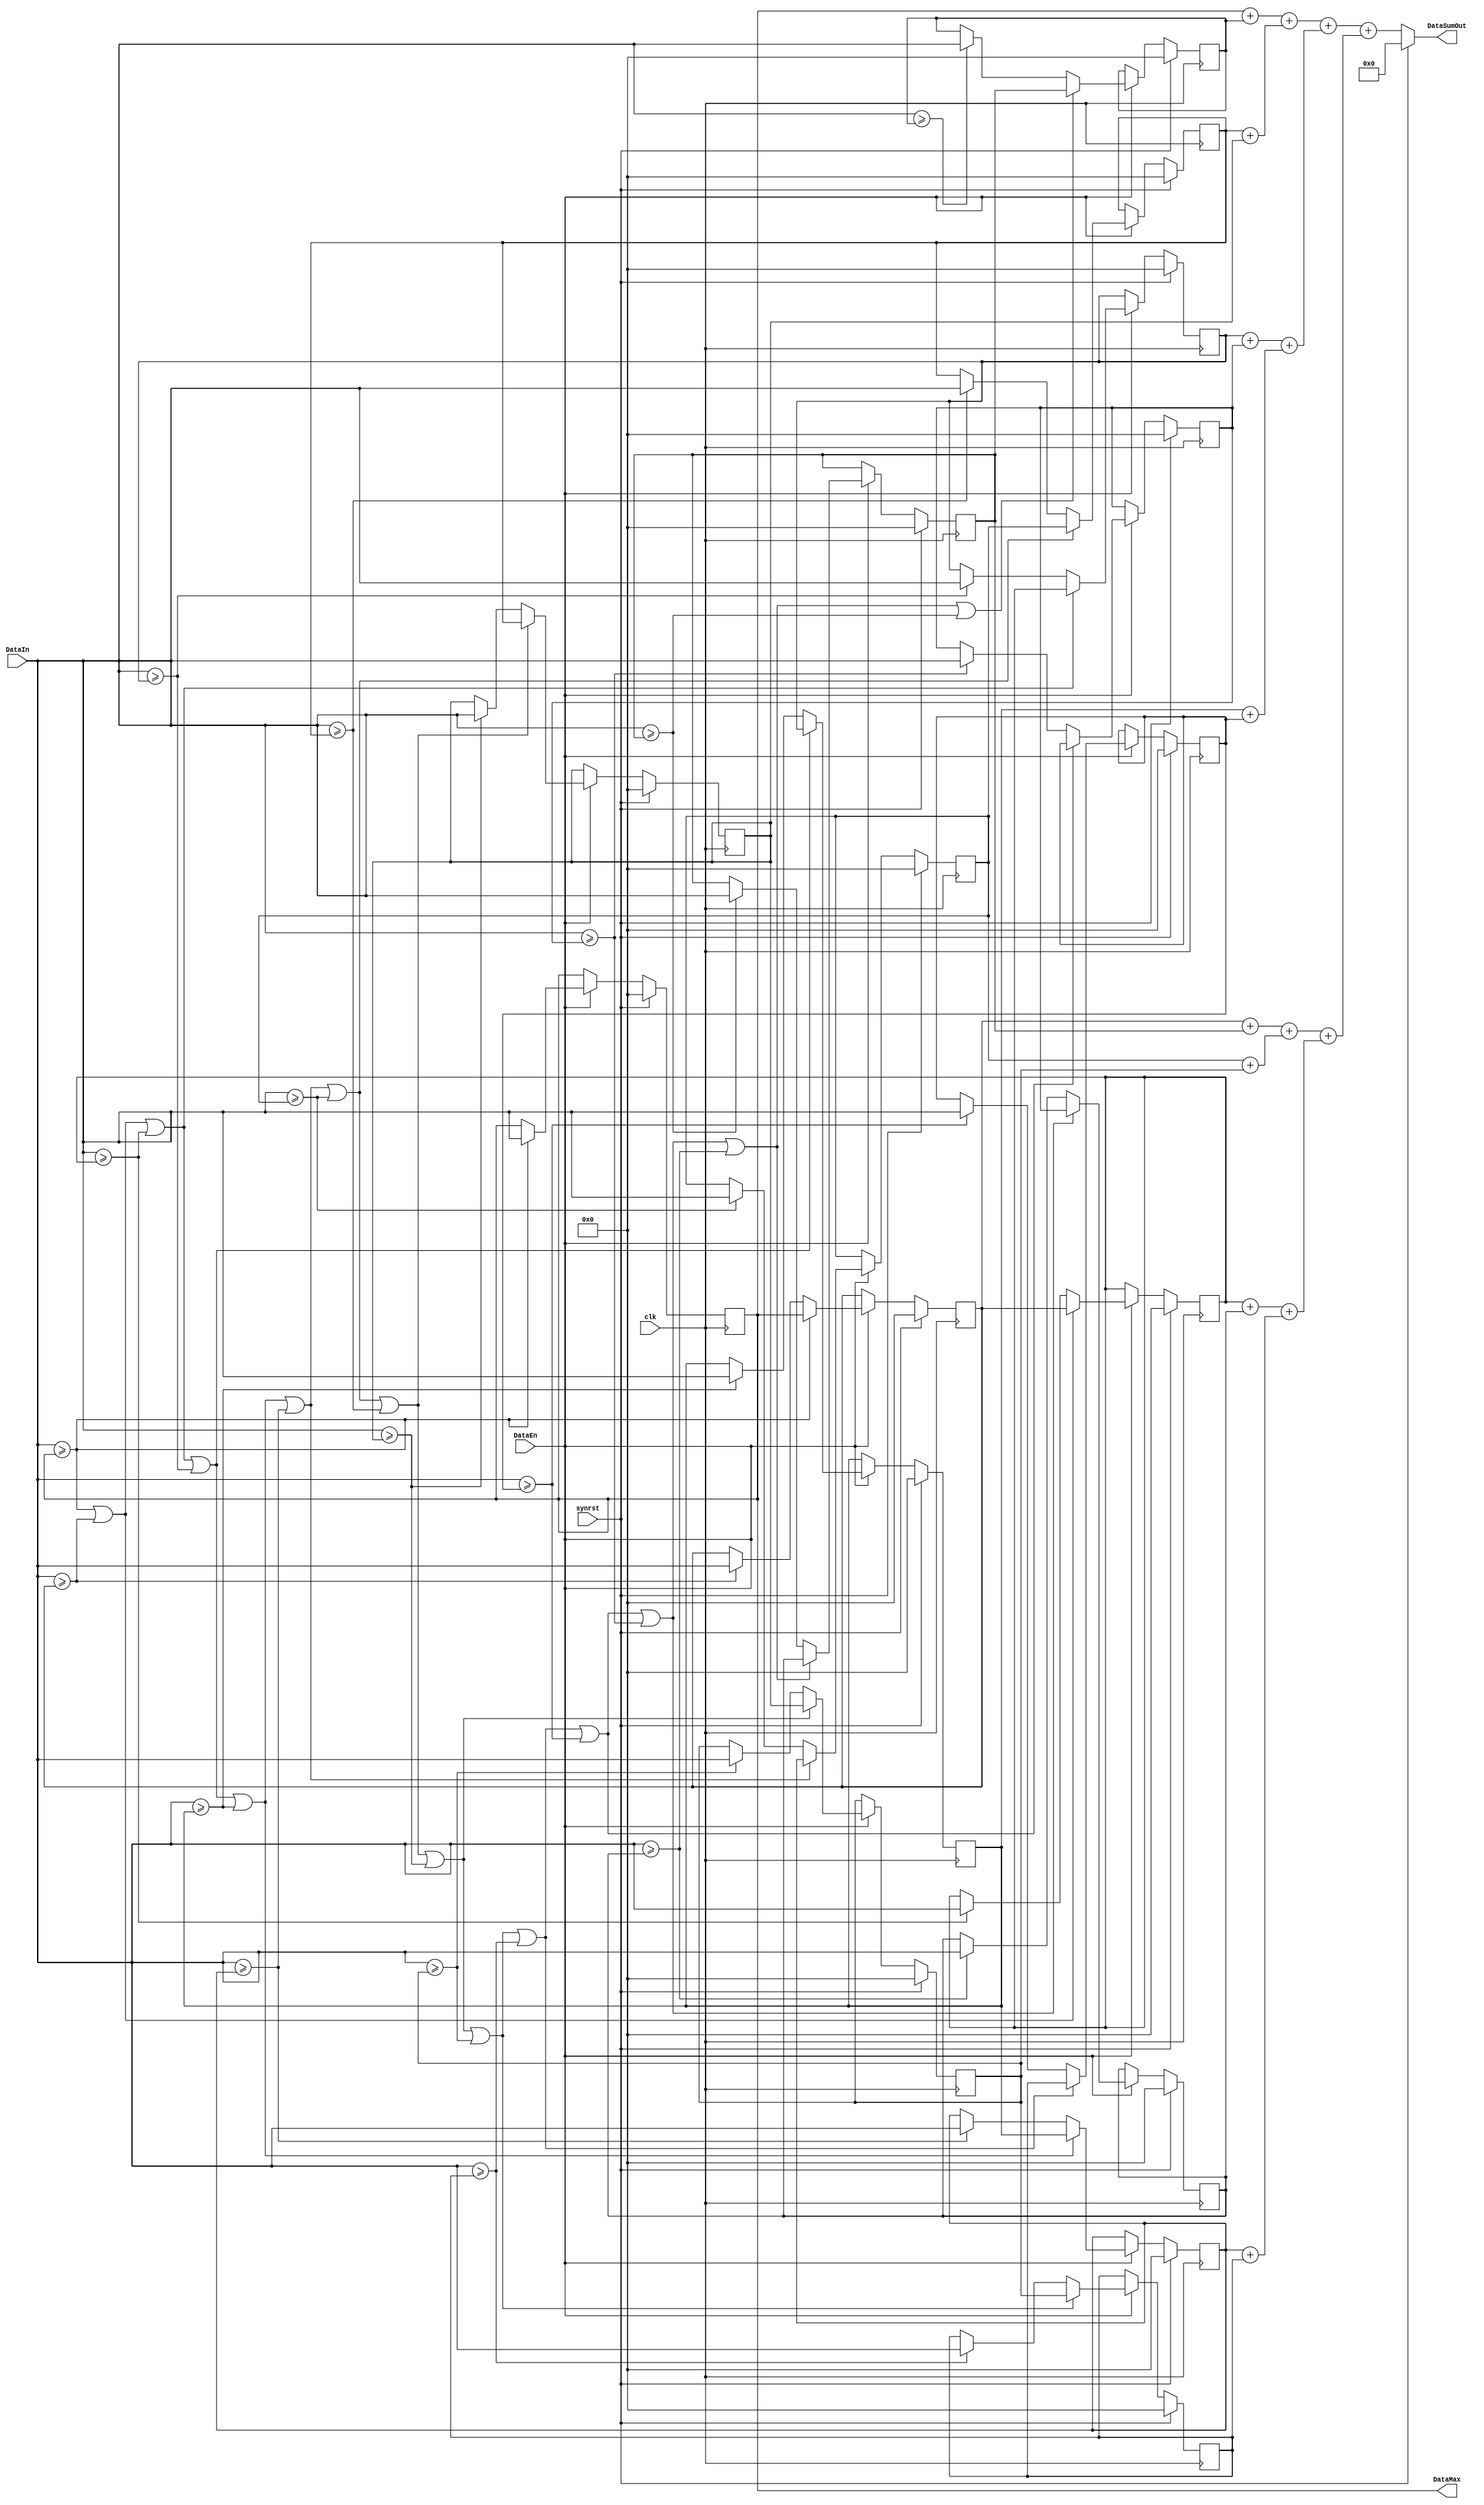
/* -------------
Project: Sort all data with heap method
always keep max 16 values
Author: liqh
Date: 2021-10-29

--------------*/
module sort2in1 
#(parameter W =12 ) 
(
    input clk,
    input synrst,
    input DataEn,
    input [W-1:0]DataIn,
    output     [W-1:0] DataMax,
    output reg [W+4-1:0]DataSumOut
    );

    reg [W-1:0]R00;
    reg [W-1:0]R01;
    reg [W-1:0]R02;
    reg [W-1:0]R03;
    reg [W-1:0]R04;
    reg [W-1:0]R05;
    reg [W-1:0]R06;
    reg [W-1:0]R07;
    reg [W-1:0]R08;
    reg [W-1:0]R09;
    reg [W-1:0]R10;
    reg [W-1:0]R11;
    reg [W-1:0]R12;
    reg [W-1:0]R13;
    reg [W-1:0]R14;
    reg [W-1:0]R15;

    reg [W-1:0]R00_next;
    reg [W-1:0]R01_next;
    reg [W-1:0]R02_next;
    reg [W-1:0]R03_next;
    reg [W-1:0]R04_next;
    reg [W-1:0]R05_next;
    reg [W-1:0]R06_next;
    reg [W-1:0]R07_next;
    reg [W-1:0]R08_next;
    reg [W-1:0]R09_next;
    reg [W-1:0]R10_next;
    reg [W-1:0]R11_next;
    reg [W-1:0]R12_next;
    reg [W-1:0]R13_next;
    reg [W-1:0]R14_next;
    reg [W-1:0]R15_next;

assign DataMax=R15;
always@(posedge clk)
    if(synrst)begin
        R00<=0;
        R01<=0;
        R02<=0;
        R03<=0;
        R04<=0;
        R05<=0;
        R06<=0;
        R07<=0;
        R08<=0;
        R09<=0;
        R10<=0;
        R11<=0;
        R12<=0;
        R13<=0;
        R14<=0;
        R15<=0;
    end
    else if(DataEn)begin
        R00<=R00_next;
        R01<=R01_next;
        R02<=R02_next;
        R03<=R03_next;
        R04<=R04_next;
        R05<=R05_next;
        R06<=R06_next;
        R07<=R07_next;
        R08<=R08_next;
        R09<=R09_next;
        R10<=R10_next;
        R11<=R11_next;
        R12<=R12_next;
        R13<=R13_next;
        R14<=R14_next;
        R15<=R15_next;
    end

wire  R00_flag=DataIn>=R00;
wire  R01_flag=DataIn>=R01;
wire  R02_flag=DataIn>=R02;
wire  R03_flag=DataIn>=R03;
wire  R04_flag=DataIn>=R04;
wire  R05_flag=DataIn>=R05;
wire  R06_flag=DataIn>=R06;
wire  R07_flag=DataIn>=R07;
wire  R08_flag=DataIn>=R08;
wire  R09_flag=DataIn>=R09;
wire  R10_flag=DataIn>=R10;
wire  R11_flag=DataIn>=R11;
wire  R12_flag=DataIn>=R12;
wire  R13_flag=DataIn>=R13;
wire  R14_flag=DataIn>=R14;
wire  R15_flag=DataIn>=R15;

wire R00_shift_flag;
wire R01_shift_flag;
wire R02_shift_flag;
wire R03_shift_flag;
wire R04_shift_flag;
wire R05_shift_flag;
wire R06_shift_flag;
wire R07_shift_flag;
wire R08_shift_flag;
wire R09_shift_flag;
wire R10_shift_flag;
wire R11_shift_flag;
wire R12_shift_flag;
wire R13_shift_flag;
wire R14_shift_flag;
wire R15_shift_flag;

assign  R00_shift_flag=R01_shift_flag | R01_flag;
assign  R01_shift_flag=R02_shift_flag | R02_flag;
assign  R02_shift_flag=R03_shift_flag | R03_flag;
assign  R03_shift_flag=R04_shift_flag | R04_flag;
assign  R04_shift_flag=R05_shift_flag | R05_flag;
assign  R05_shift_flag=R06_shift_flag | R06_flag;
assign  R06_shift_flag=R07_shift_flag | R07_flag;
assign  R07_shift_flag=R08_shift_flag | R08_flag;
assign  R08_shift_flag=R09_shift_flag | R09_flag;
assign  R09_shift_flag=R10_shift_flag | R10_flag;
assign  R10_shift_flag=R11_shift_flag | R11_flag;
assign  R11_shift_flag=R12_shift_flag | R12_flag;
assign  R12_shift_flag=R13_shift_flag | R13_flag;
assign  R13_shift_flag=R14_shift_flag | R14_flag;
assign  R14_shift_flag=R15_shift_flag | R15_flag;
assign  R15_shift_flag=1'b0;


// always @(*)
//     if(R15_flag)
//         R15_next=DataIn;
//     else 
//         R15_next=R15 ;

// always @(*)
//     if(R14_shift_flag)
//         R14_next=R15;
//     else if(R14_flag) 
//         R14_next <= DataIn ;
//     else
//         R14_next=R14;

// always_comb @(*)  if(R13_shift_flag)  R13_next=R14;  else if(R13_flag)  R13_next = DataIn ; else R13_next=R13;
always @(*)                                     		 if(R15_flag)  R15_next = DataIn ; else R15_next=R15;
always @(*)  if(R14_shift_flag)  R14_next=R15;  else if(R14_flag)  R14_next = DataIn ; else R14_next=R14;
always @(*)  if(R13_shift_flag)  R13_next=R14;  else if(R13_flag)  R13_next = DataIn ; else R13_next=R13;
always @(*)  if(R12_shift_flag)  R12_next=R13;  else if(R12_flag)  R12_next = DataIn ; else R12_next=R12;
always @(*)  if(R11_shift_flag)  R11_next=R12;  else if(R11_flag)  R11_next = DataIn ; else R11_next=R11;
always @(*)  if(R10_shift_flag)  R10_next=R11;  else if(R10_flag)  R10_next = DataIn ; else R10_next=R10;
always @(*)  if(R09_shift_flag)  R09_next=R10;  else if(R09_flag)  R09_next = DataIn ; else R09_next=R09;
always @(*)  if(R08_shift_flag)  R08_next=R09;  else if(R08_flag)  R08_next = DataIn ; else R08_next=R08;
always @(*)  if(R07_shift_flag)  R07_next=R08;  else if(R07_flag)  R07_next = DataIn ; else R07_next=R07;
always @(*)  if(R06_shift_flag)  R06_next=R07;  else if(R06_flag)  R06_next = DataIn ; else R06_next=R06;
always @(*)  if(R05_shift_flag)  R05_next=R06;  else if(R05_flag)  R05_next = DataIn ; else R05_next=R05;
always @(*)  if(R04_shift_flag)  R04_next=R05;  else if(R04_flag)  R04_next = DataIn ; else R04_next=R04;
always @(*)  if(R03_shift_flag)  R03_next=R04;  else if(R03_flag)  R03_next = DataIn ; else R03_next=R03;
always @(*)  if(R02_shift_flag)  R02_next=R03;  else if(R02_flag)  R02_next = DataIn ; else R02_next=R02;
always @(*)  if(R01_shift_flag)  R01_next=R02;  else if(R01_flag)  R01_next = DataIn ; else R01_next=R01;
always @(*)  if(R00_shift_flag)  R00_next=R01;  else if(R00_flag)  R00_next = DataIn ; else R00_next=R00;

// banlance tree for sum 16 value;
wire [W:0] s_0;
wire [W:0] s_1;
wire [W:0] s_2;
wire [W:0] s_3;
wire [W:0] s_4;
wire [W:0] s_5;
wire [W:0] s_6;
wire [W:0] s_7;

assign s_0={1'b0,R15}+{1'b0,R00};
assign s_1={1'b0,R14}+{1'b0,R01};
assign s_2={1'b0,R13}+{1'b0,R02};
assign s_3={1'b0,R12}+{1'b0,R03};
assign s_4={1'b0,R11}+{1'b0,R04};
assign s_5={1'b0,R10}+{1'b0,R05};
assign s_6={1'b0,R09}+{1'b0,R06};
assign s_7={1'b0,R08}+{1'b0,R07};

wire [W+1:0] s0_0;
wire [W+1:0] s0_1;
wire [W+1:0] s0_2;
wire [W+1:0] s0_3;

assign s0_0={1'b0,s_0}+{1'b0,s_7};
assign s0_1={1'b0,s_1}+{1'b0,s_6};
assign s0_2={1'b0,s_2}+{1'b0,s_5};
assign s0_3={1'b0,s_3}+{1'b0,s_4};

wire [W+2:0] s1_0;
wire [W+2:0] s1_1;

assign s1_0={1'b0,s0_0}+{1'b0,s0_3};
assign s1_1={1'b0,s0_1}+{1'b0,s0_2};

wire [W+3:0] s2_0;                   
                                     
assign s2_0={1'b0,s1_0}+{1'b0,s1_1}; 

// output the max 16 values                                            
always @(clk)
	if(synrst)
		DataSumOut<='b0;
	else
		DataSumOut<=s2_0;

endmodule